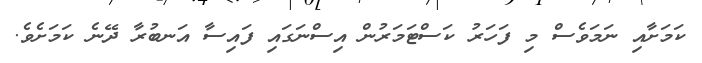
ކަމަށާއި ނަމަވެސް މި ފަހަރު ކަސްޓަމަރުން އިސްނަގައި ފައިސާ އަނބުރާ ދޭނެ ކަމަށެވެ.